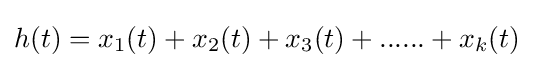
h(t)=x_{1}(t)+x_{2}(t)+x_{3}(t)+......+x_{k}(t)